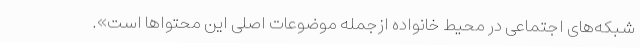
شبکه‌های اجتماعی در محیط خانواده ازجمله موضوعات اصلی این محتواها است».